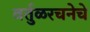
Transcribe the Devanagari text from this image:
वर्तुळरचनेचे